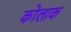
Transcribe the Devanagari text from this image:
कोलाक